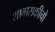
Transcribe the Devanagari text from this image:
शाबासकीचो